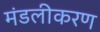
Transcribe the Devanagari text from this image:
मंडलीकरण